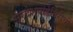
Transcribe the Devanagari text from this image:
सरदेशपांडेगिरीची